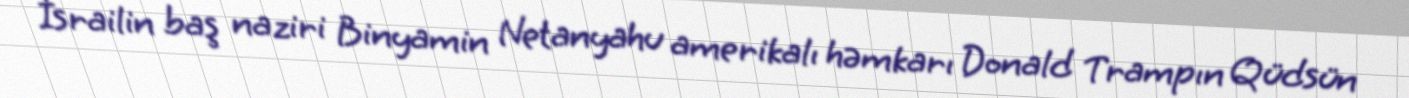
İsrailin baş naziri Binyamin Netanyahu amerikalı həmkarı Donald Trampın Qüdsün